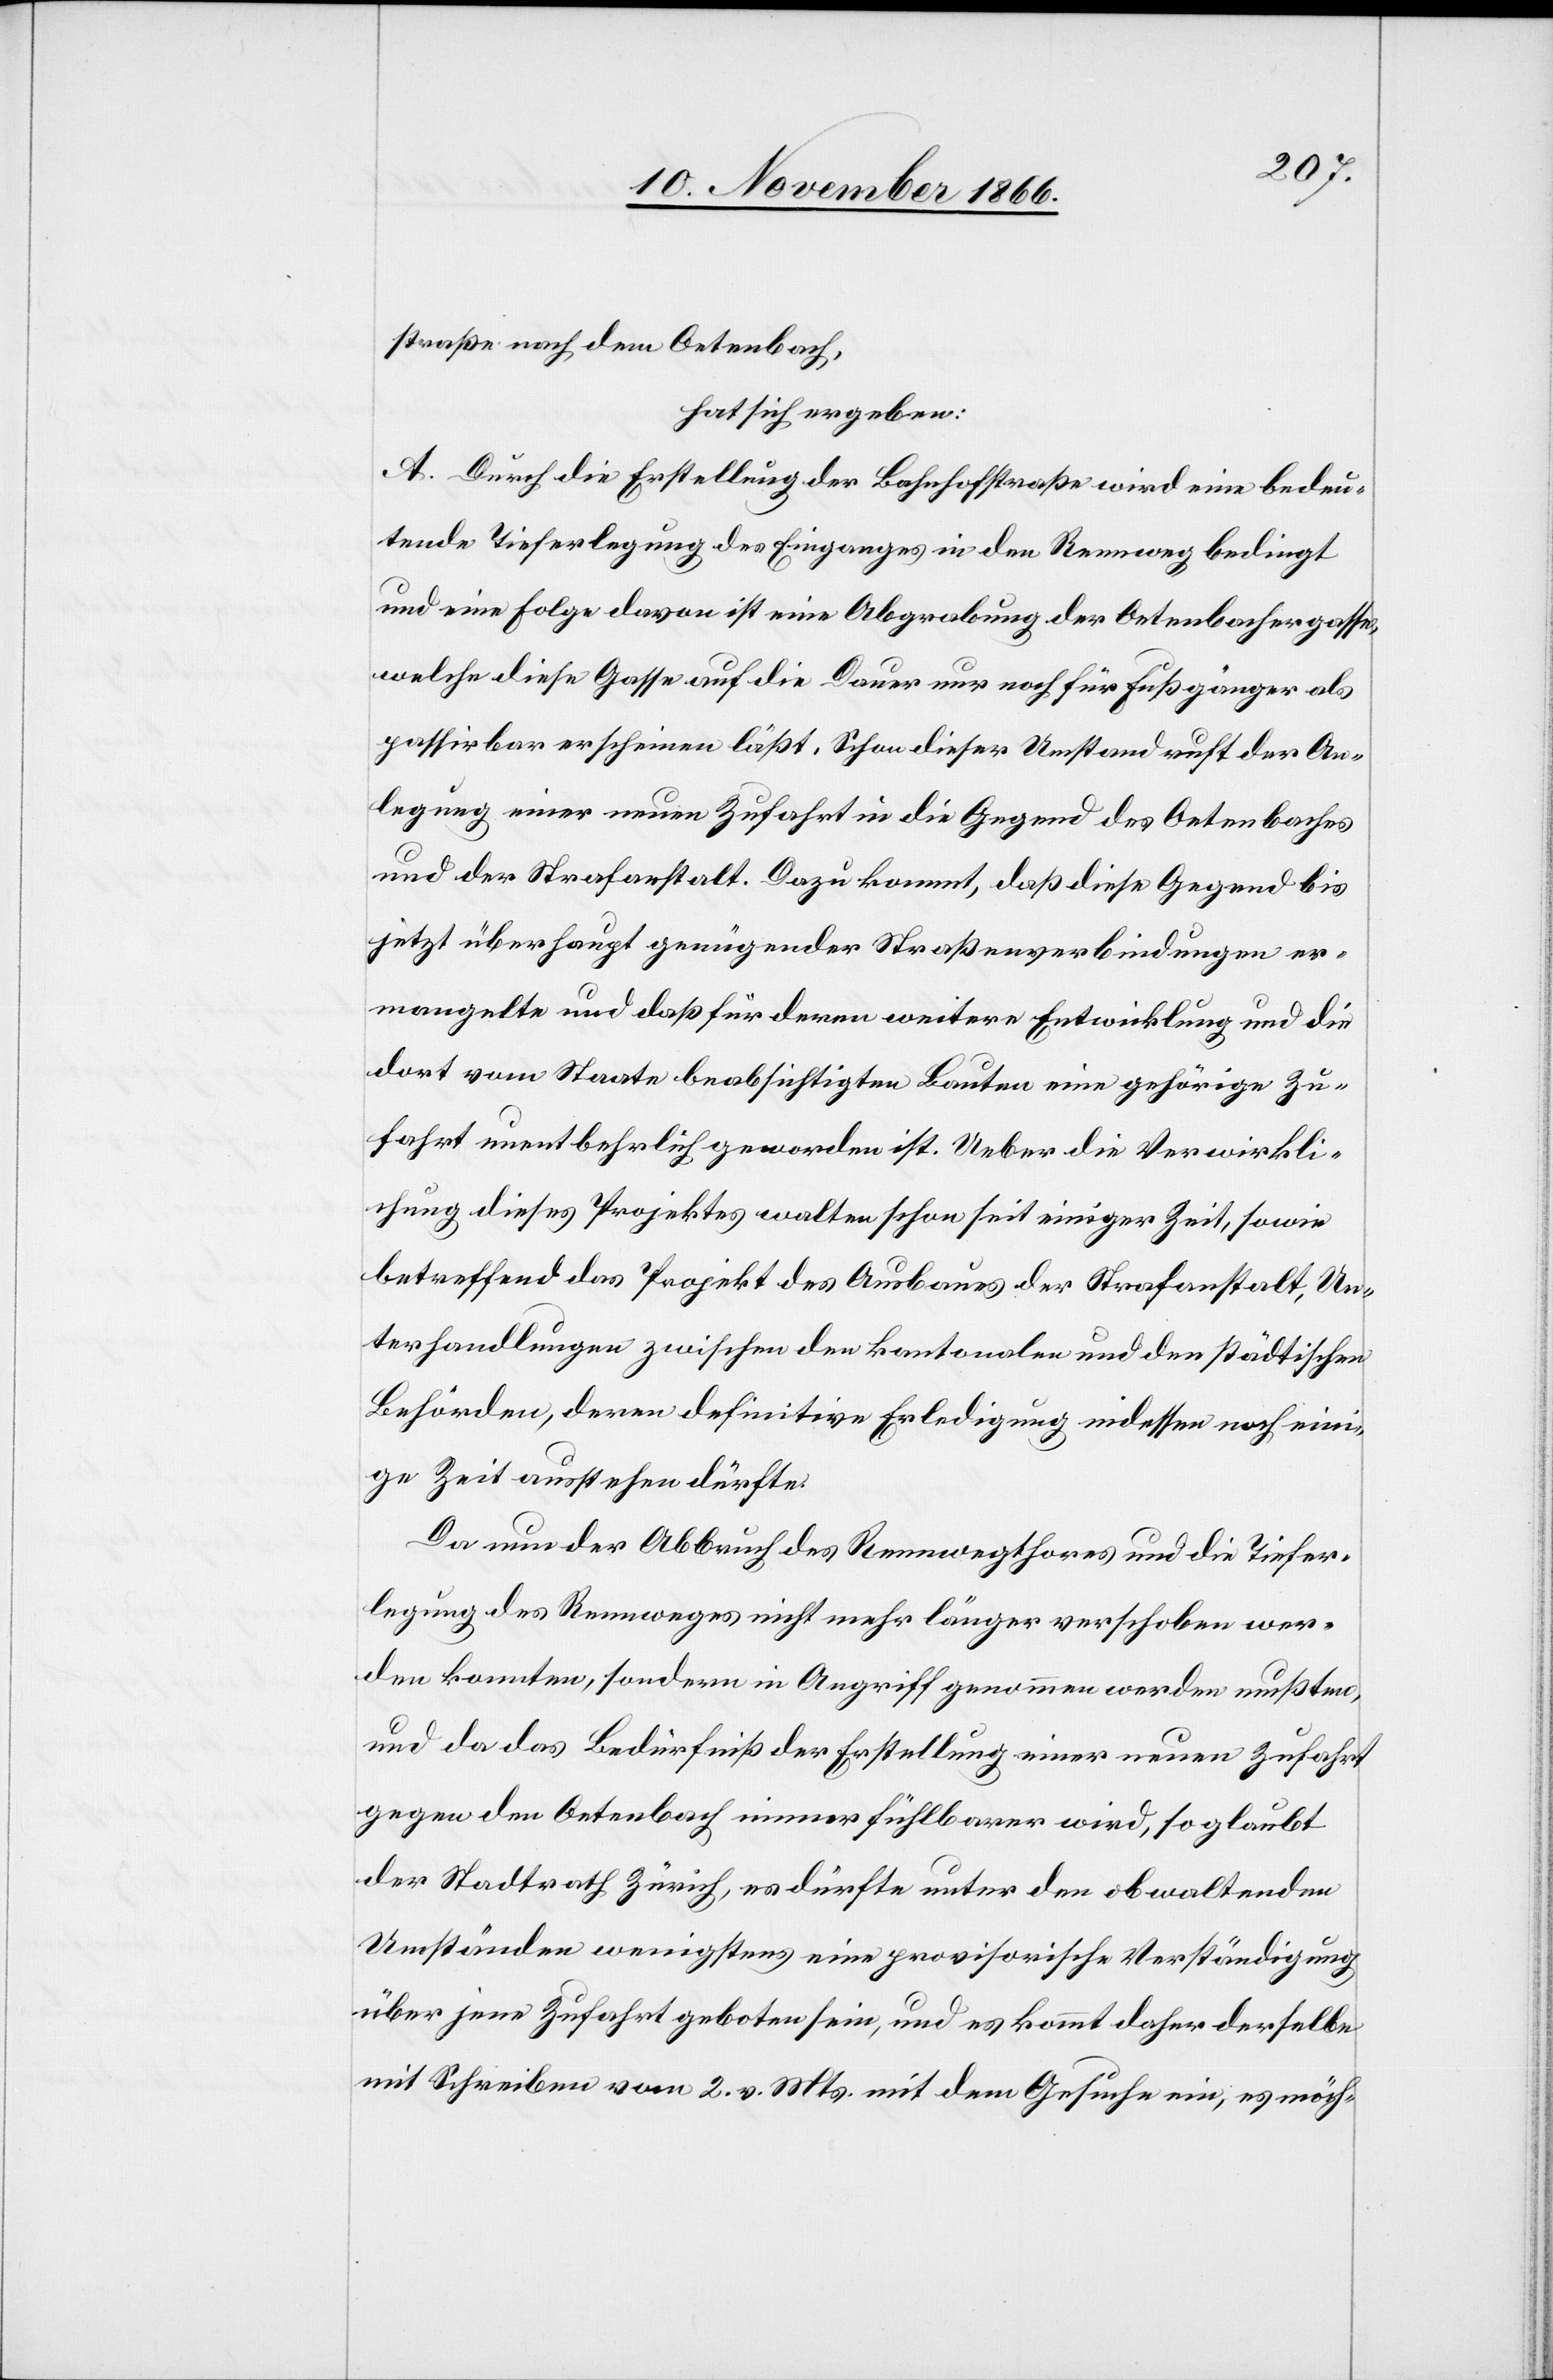
straße nach dem Oetenbach,
hat sich ergeben:
A. Durch die Erstellung der Bahnhofstraße wird eine bedeu¬
tende Tieferlegung des Einganges in den Rennweg bedingt
und eine Folge davon ist eine Abgrabung der Oetenbachergasse,
welche diese Gasse auf die Dauer nur noch für Fußgänger als
passirbar erscheinen läßt. Schon dieser Umstand ruft der An¬
legung einer neuen Zufahrt in die Gegend des Oetenbaches
und der Strafanstalt. Dazu kommt, daß diese Gegend bis
jetzt überhaupt genügender Straßenverbindungen er¬
mangelte und daß für deren weitere Entwicklung und die
dort vom Staate beabsichtigten Bauten eine gehörige Zu¬
fahrt unentbehrlich geworden ist. Ueber die Verwirkli¬
chung dieses Projektes walten schon seit einiger Zeit, sowie
betreffend das Projekt des Ausbaues der Strafanstalt, Un¬
terhandlungen zwischen den kantonalen und den städtischen
Behörden, deren definitive Erledigung indessen noch eini¬
ge Zeit ausstehen dürfte.
Da nun der Abbruch des Rennwegthores und die Tiefer¬
legung des Rennweges nicht mehr länger verschoben wer¬
den konnten, sondern in Angriff genommen werden mußten,
und da das Bedürfniß der Erstellung einer neuen Zufahrt
gegen den Oetenbach immer fühlbarer wird, so glaubt
der Stadtrath Zürich, es dürfte unter den obwaltenden
Umständen wenigstens eine provisorische Verständigung
über jene Zufahrt geboten sein, und es kommt daher derselbe
mit Schreiben vom 2. v. Mts. mit dem Gesuche ein, es möch-